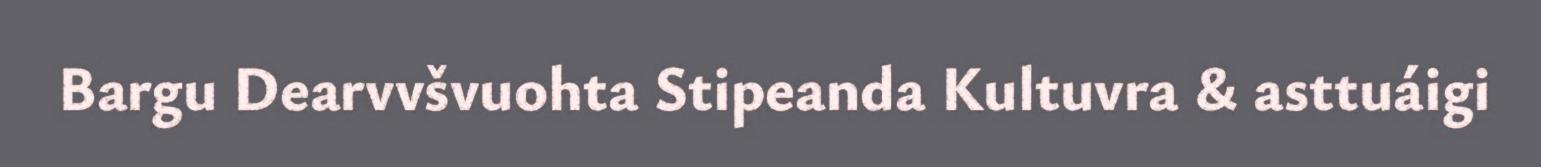
Bargu Dearvvšvuohta Stipeanda Kultuvra & asttuáigi